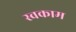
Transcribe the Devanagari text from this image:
स्वकाम